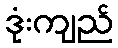
ဒုံးကျည်